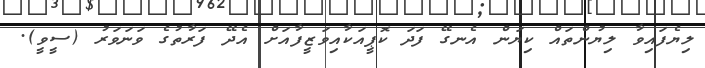
ލިޔެފައިވާ ލިޔުންތައް ކިޔަން އެނގޭ ފަދަ ކޮޕީއަކާއިވަޒީފާއަށް އެދޭ ފަރާތުގެ ވަނަވަރު (ސީވީ).